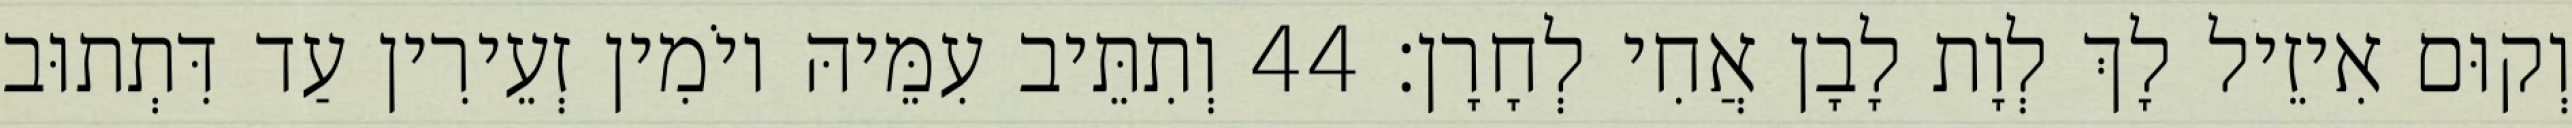
וְקוּם אִיזֵיל לָךְ לְוָת לָבָן אֲחִי לְחָרָן׃ 44 וְתִתֵּיב עִמֵּיהּ יוֹמִין זְעֵירִין עַד דִּתְתוּב